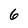
Character: 6